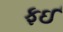
ફઈ